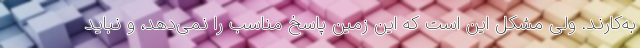
به‌کارند. ولی مشکل این است که این زمین پاسخ مناسب را نمی‌دهد، و نباید